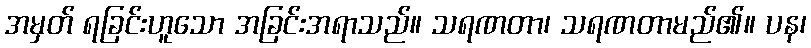
အမှတ် ရခြင်းဟူသော အခြင်းအရာသည်။ သရဏတာ၊ သရဏတာမည်၏။ ပန၊